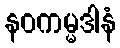
နဝကမ္မဒါနံ